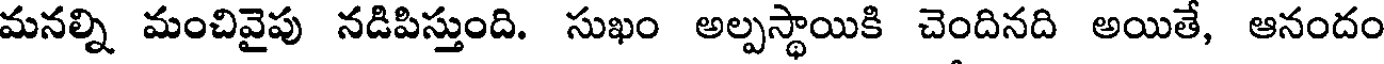
మనల్ని మంచివైపు నడిపిస్తుంది. సుఖం అల్పస్థాయికి చెందినది అయితే, ఆనందం